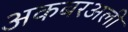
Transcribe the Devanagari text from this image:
अकबरअली